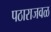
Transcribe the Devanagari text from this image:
पठाराजवळ